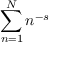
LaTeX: \sum _ { n = 1 } ^ { N } n ^ { - s }